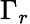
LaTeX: \Gamma_{r}